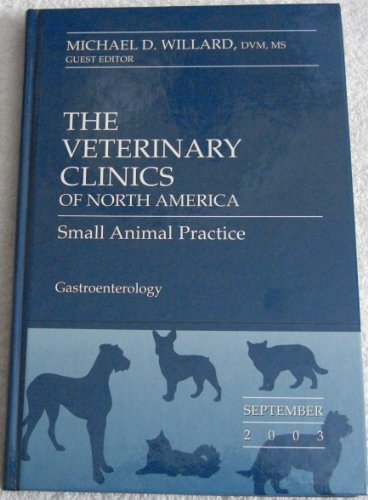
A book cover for THE VETERINARY CLINICS OF NORTH AMERICA- Small Animal Practice (Small Animal Practice - Gastroenterology, Volume 33 - Number 5); Medical Books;